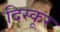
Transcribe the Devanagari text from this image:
दिस्कूर